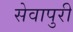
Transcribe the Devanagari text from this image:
सेवापुरी